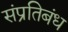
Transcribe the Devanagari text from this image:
संप्रतिबंध